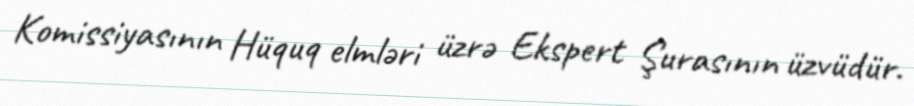
Komissiyasının Hüquq elmləri üzrə Ekspert Şurasının üzvüdür.